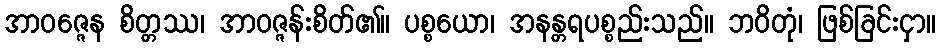
အာဝဇ္ဇေန စိတ္တဿ၊ အာဝဇ္ဇန်းစိတ်၏။ ပစ္စယော၊ အနန္တရပစ္စည်းသည်။ ဘဝိတုံ၊ ဖြစ်ခြင်းငှာ။